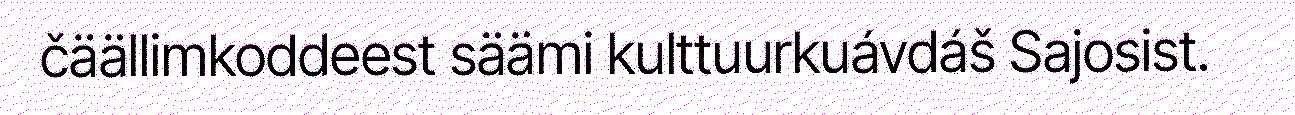
čäällimkoddeest säämi kulttuurkuávdáš Sajosist.